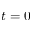
t = 0